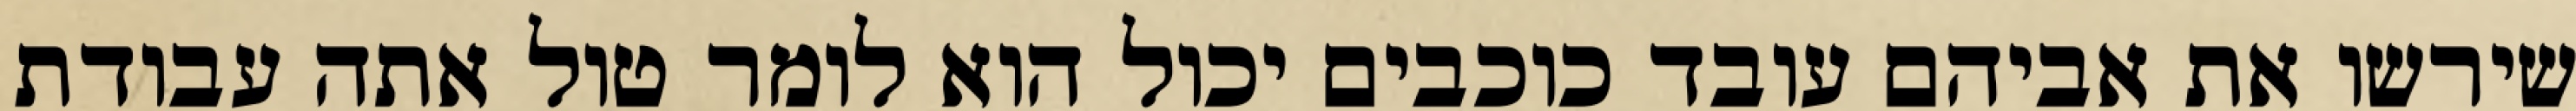
שירשו את אביהם עובד כוכבים יכול הוא לומר טול אתה עבודת